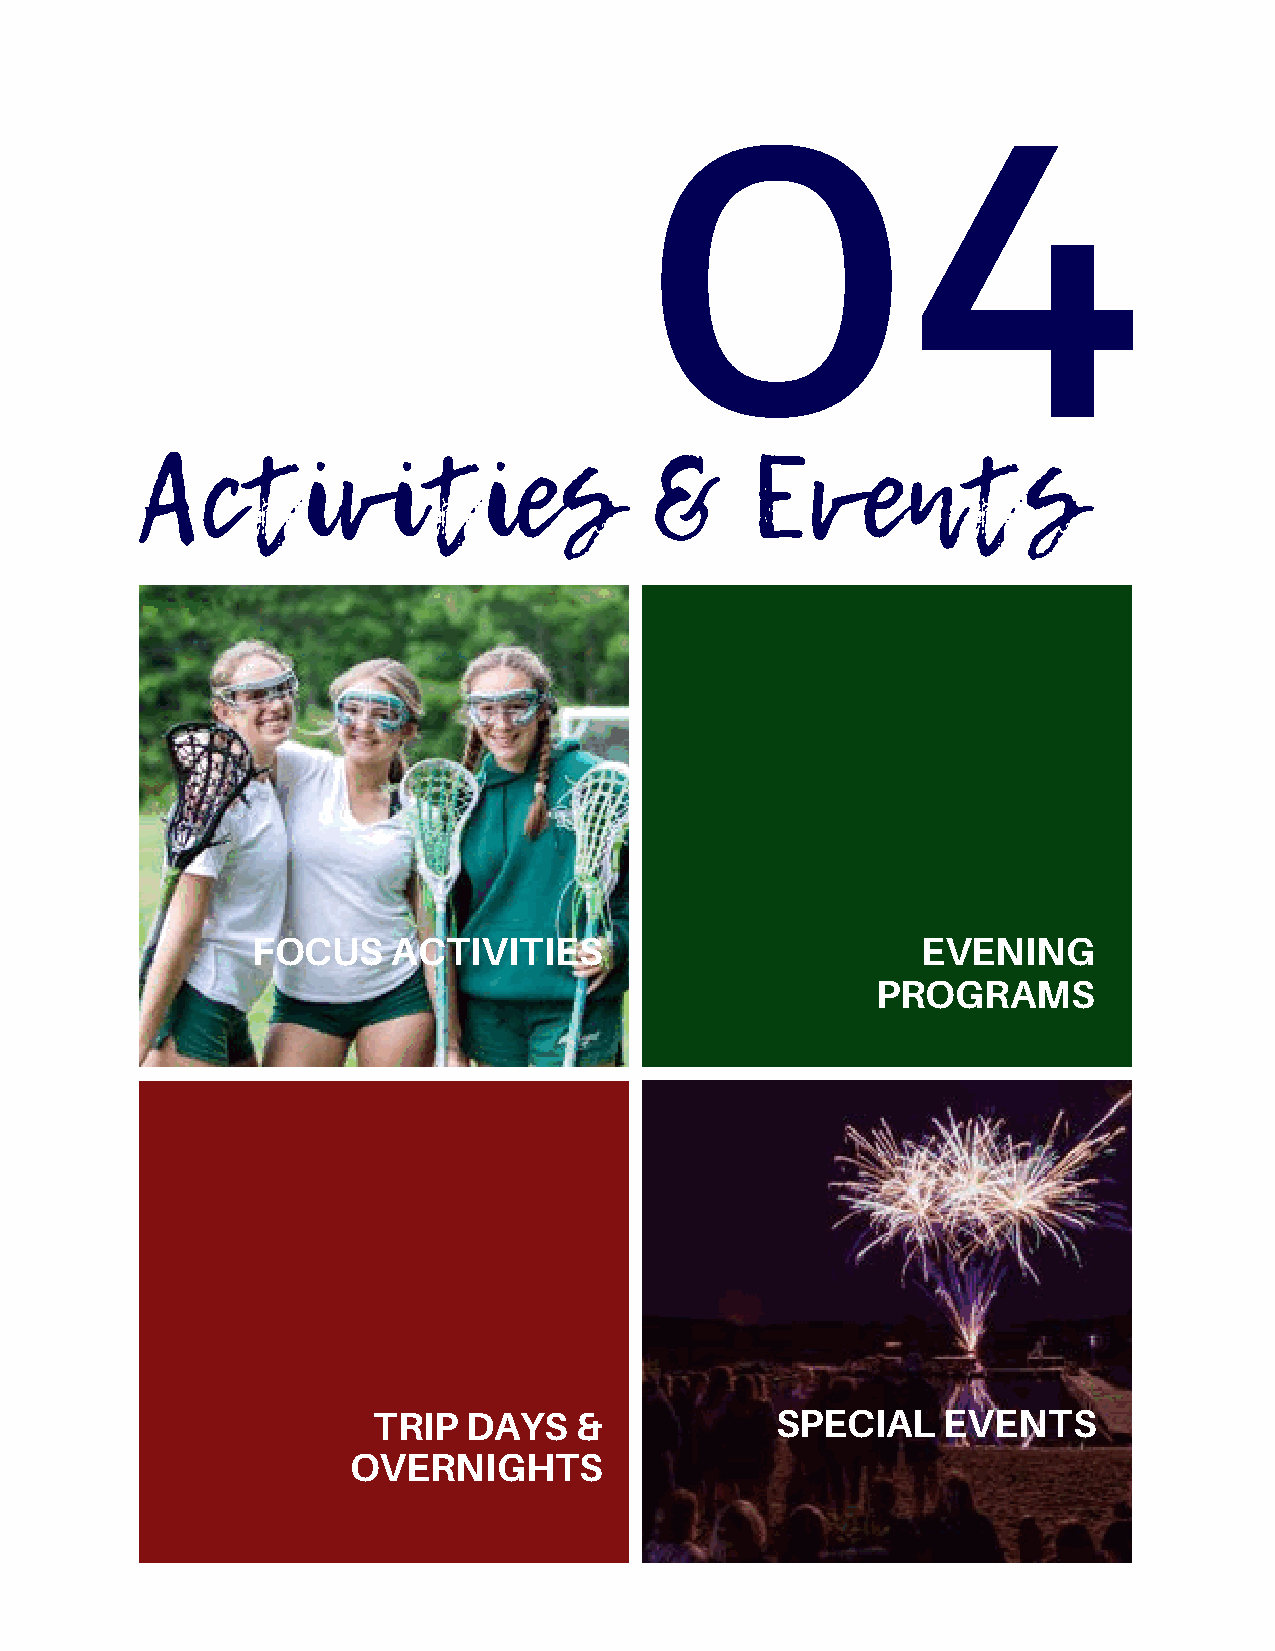
04
 Activities                        &      Events
 FOCUS    ACTIVITIES                         EVENING
 PROGRAMS
 TRIP  DAYS   &            SPECIAL     EVENTS
 OVERNIGHTS